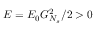
E = E _ { 0 } G _ { N _ { s } } ^ { 2 } / 2 > 0